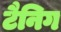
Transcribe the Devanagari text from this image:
टैनिग